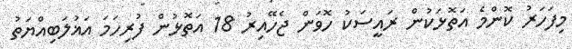
މިފަހަރު ކޮންމެ އަތޮޅަކުން ރައީސަކު ހޮވަން ޖެހޭއިރު 18 އަތޮޅުން ފުރިހަމަ އަޣުލަބިއްޔަތު